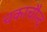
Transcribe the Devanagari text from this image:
चकाचौन्द